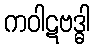
ကဝါဋဗဒ္ဓါ